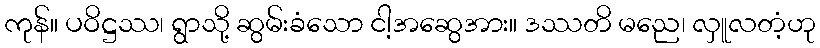
ကုန်။ ပဝိဋ္ဌဿ၊ ရွာသို့ ဆွမ်းခံသော ငါ့အဆွေအား။ ဒဿတိ မညေ၊ လှူလတံ့ဟု